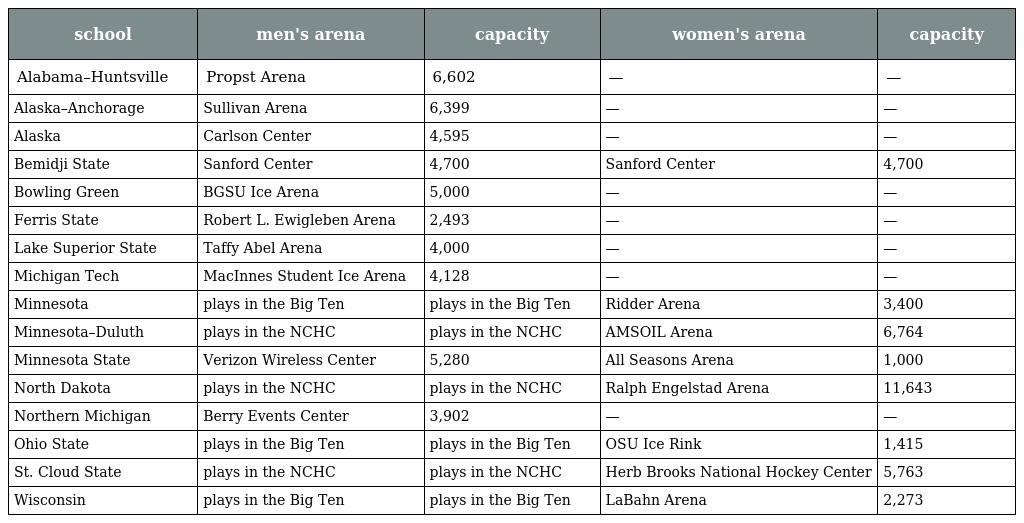
| school | men's arena | capacity | women's arena | capacity |
 | --- | --- | --- | --- | --- |
 | Alabama–Huntsville | Propst Arena | 6,602 | — | — |
 | Alaska–Anchorage | Sullivan Arena | 6,399 | — | — |
 | Alaska | Carlson Center | 4,595 | — | — |
 | Bemidji State | Sanford Center | 4,700 | Sanford Center | 4,700 |
 | Bowling Green | BGSU Ice Arena | 5,000 | — | — |
 | Ferris State | Robert L. Ewigleben Arena | 2,493 | — | — |
 | Lake Superior State | Taffy Abel Arena | 4,000 | — | — |
 | Michigan Tech | MacInnes Student Ice Arena | 4,128 | — | — |
 | Minnesota | plays in the Big Ten | plays in the Big Ten | Ridder Arena | 3,400 |
 | Minnesota–Duluth | plays in the NCHC | plays in the NCHC | AMSOIL Arena | 6,764 |
 | Minnesota State | Verizon Wireless Center | 5,280 | All Seasons Arena | 1,000 |
 | North Dakota | plays in the NCHC | plays in the NCHC | Ralph Engelstad Arena | 11,643 |
 | Northern Michigan | Berry Events Center | 3,902 | — | — |
 | Ohio State | plays in the Big Ten | plays in the Big Ten | OSU Ice Rink | 1,415 |
 | St. Cloud State | plays in the NCHC | plays in the NCHC | Herb Brooks National Hockey Center | 5,763 |
 | Wisconsin | plays in the Big Ten | plays in the Big Ten | LaBahn Arena | 2,273 |